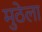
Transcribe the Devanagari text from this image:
मुठेला